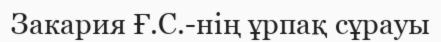
Закария Ғ.С.-нің ұрпақ сұрауы